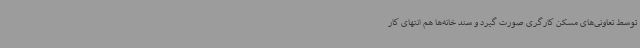
توسط تعاونی‌های مسکن کارگری صورت گیرد و سند خانه‌ها هم انتهای کار